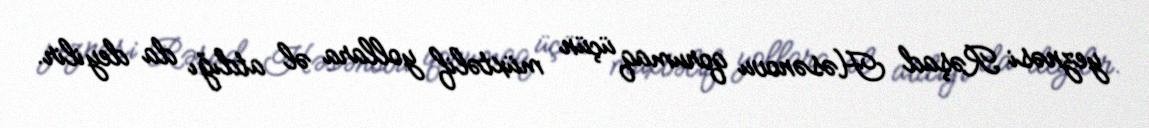
yeznəsi Rəşad Həsənovu qorumaq üçün müxtəlif yollara əl atdığı da deyilir.